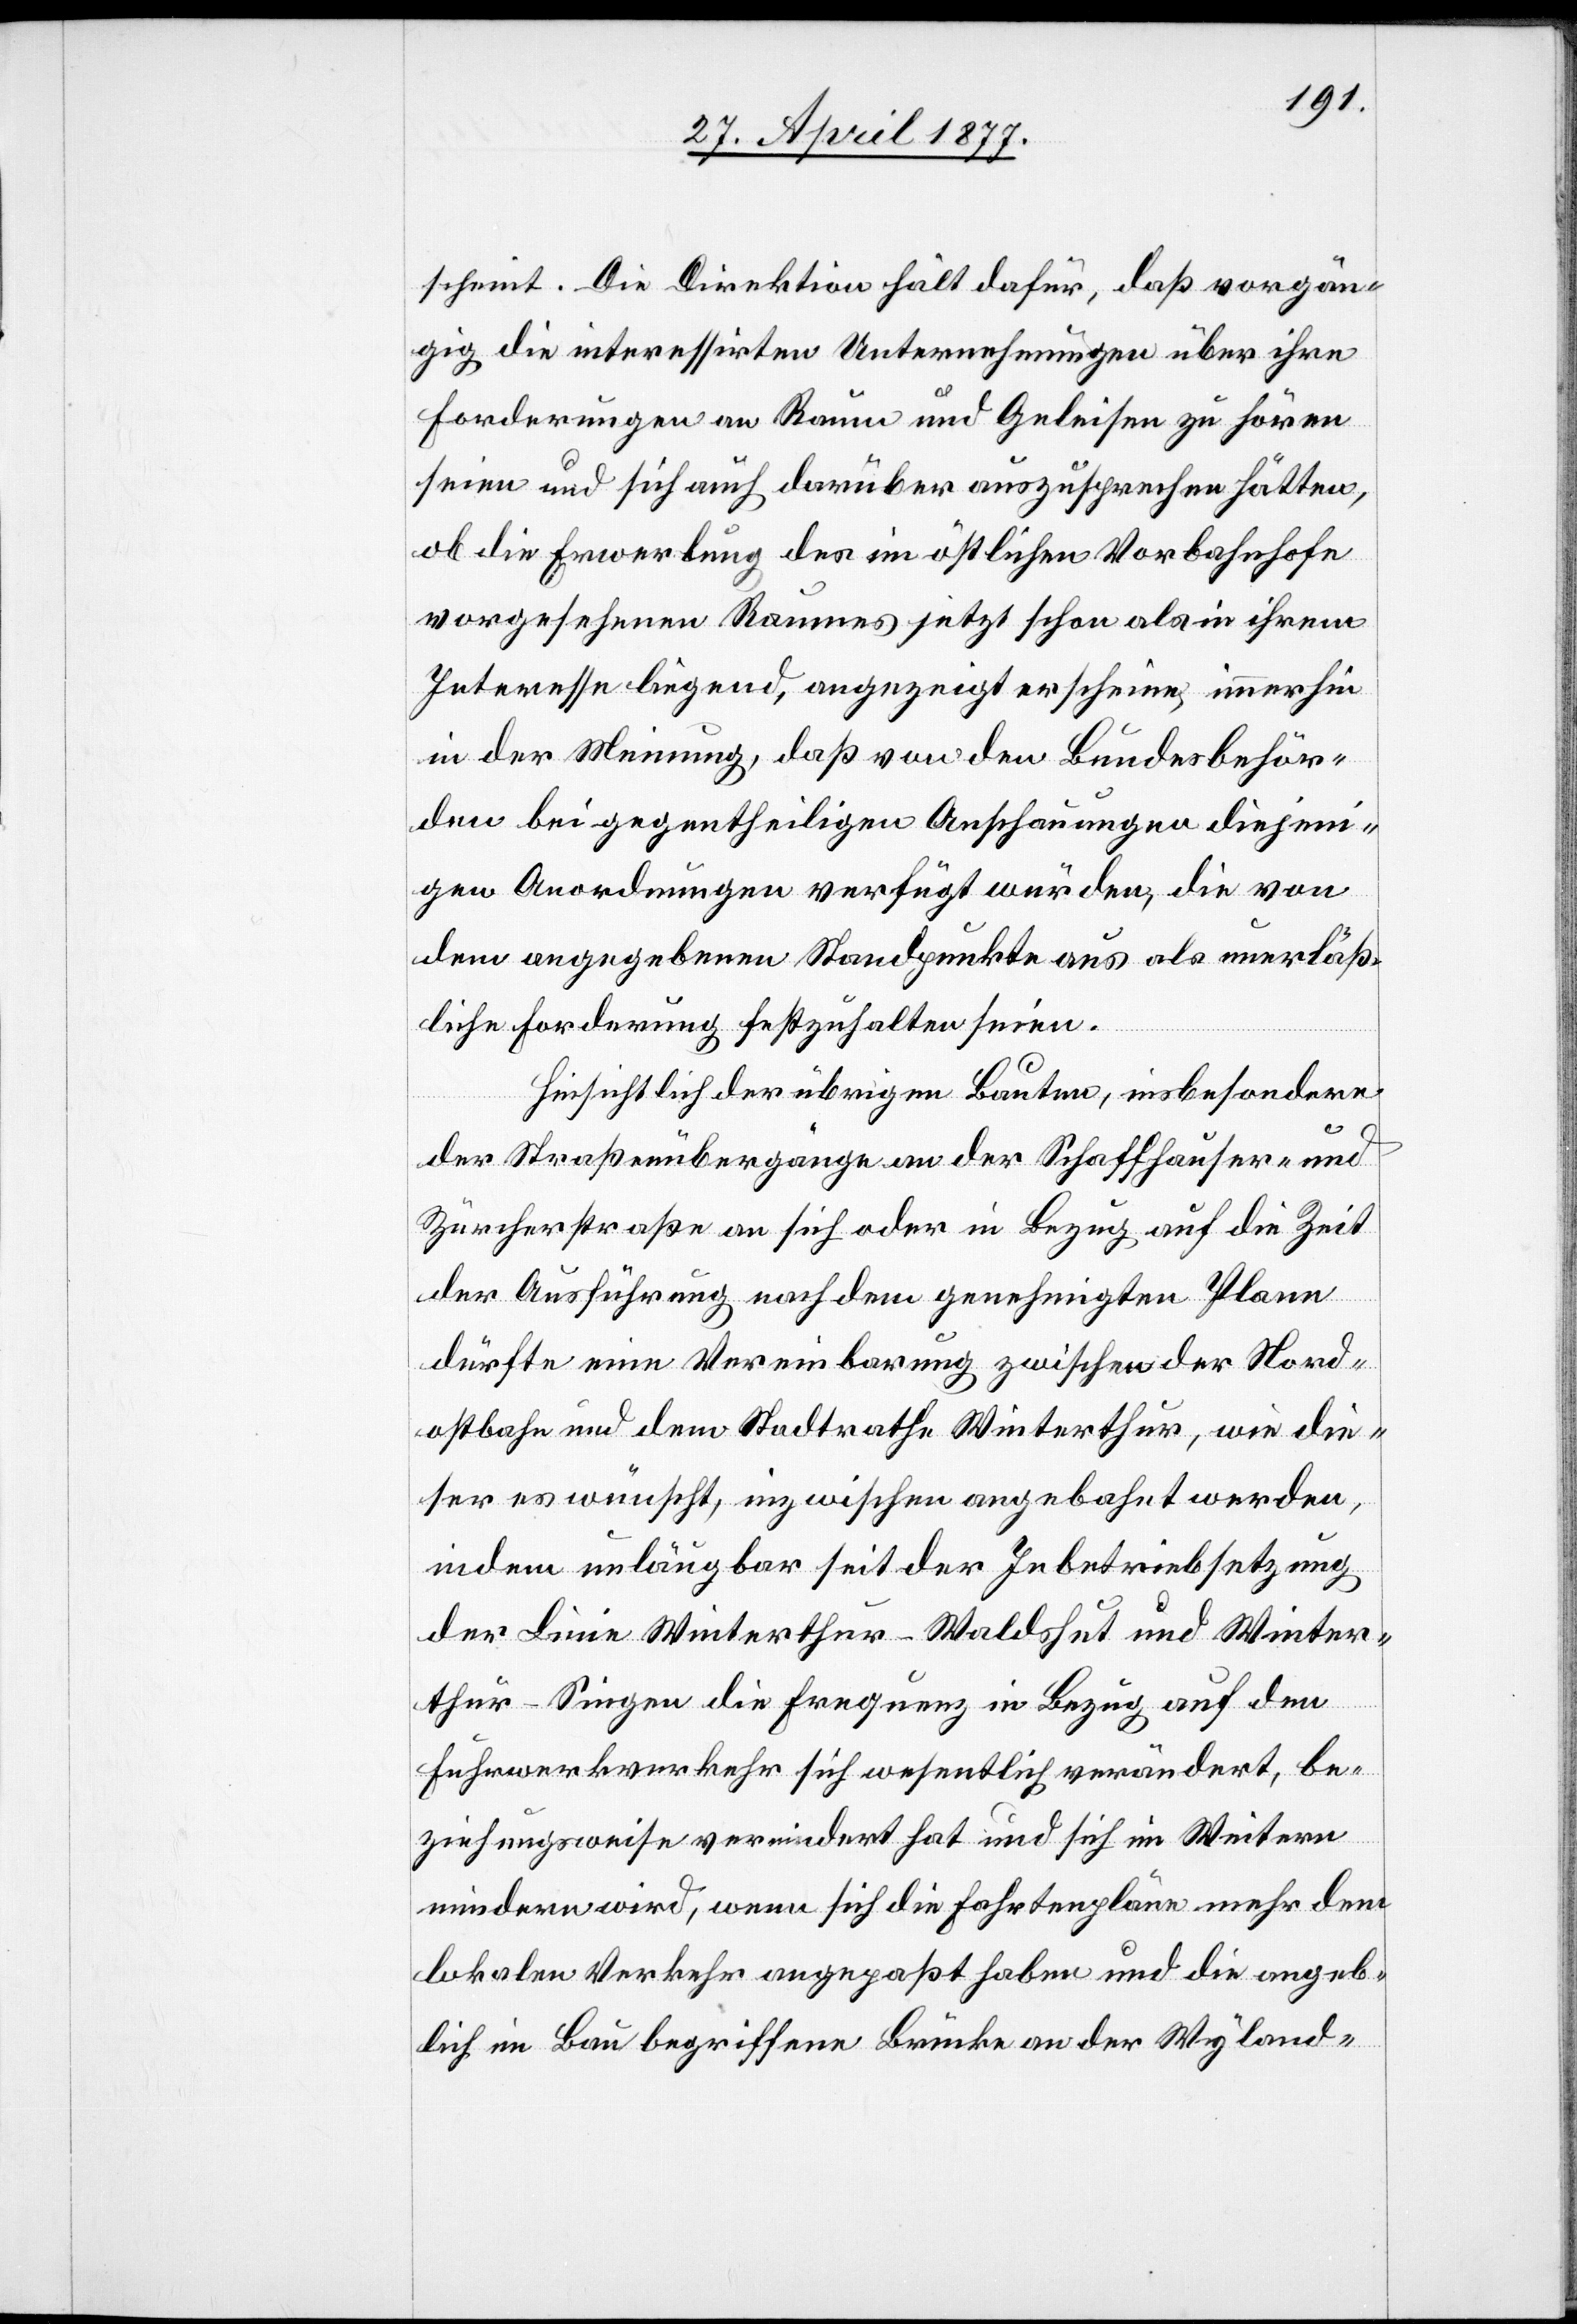
scheint. Die Direktion hält dafür, daß vorgän¬
gig die interessirten Unternehmungen über ihre
Forderungen an Raum und Geleisen zu hören
seien und sich auch darüber auszusprechen hätten,
ob die Erwerbung des im östlichen Vorbahnhofe
vorgesehenen Raumes jetzt schon als in ihrem
Interesse liegend, angezeigt erscheine, immerhin
in der Meinung, daß von den Bundesbehör¬
den bei gegentheiligen Anschauungen diejeni¬
gen Anordnungen verfügt würden, die von
dem angegebenen Standpunkte aus als unerläß¬
liche Forderung festzuhalten seien.
Hinsichtlich der übrigen Bauten, insbesondere
der Straßenübergänge an der Schaffhauser- und
Zürcherstraße an sich oder in Bezug auf die Zeit
der Ausführung nach dem genehmigten Plane
dürfte eine Vereinbarung zwischen der Nord¬
ostbahn und dem Stadtrathe Winterthur, wie die¬
ser es wünscht, inzwischen angebahnt werden,
indem unläugbar seit der Inbetriebsetzung
der Linie Winterthur–Waldshut und Winter¬
thur–Singen die Frequenz in Bezug auf den
Fuhrwerkverkehr sich wesentlich verändert, be¬
ziehungsweise vermindert hat und sich im Weitern
mindern wird, wenn sich die Fahrtenpläne mehr dem
lokalen Verkehr angepaßt haben und die angeb¬
lich im Bau begriffene Brücke an der Wyland-